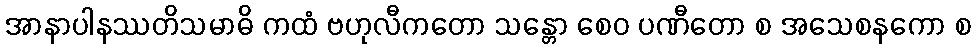
အာနာပါနဿတိသမာဓိ ကထံ ဗဟုလီကတော သန္တော စေဝ ပဏီတော စ အသေစနကော စ